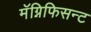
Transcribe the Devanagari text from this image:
मॅग्निफिसन्ट